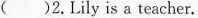
()2.Lily is a teacher.